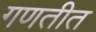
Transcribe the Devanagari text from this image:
गणतीत